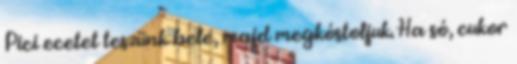
Pici ecetet teszünk bele, majd megkóstoljuk. Ha só, cukor